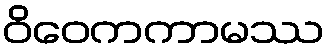
ဝိဝေကကာမဿ